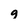
Character: g